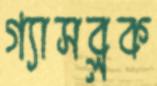
গ্যাসব্লক